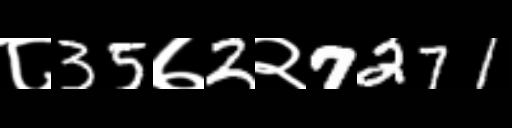
Text: ८35७2२7271